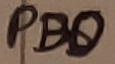
Text: PB0